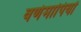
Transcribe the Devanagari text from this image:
वर्णमापियों